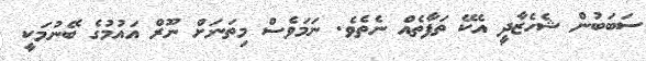
ސަބަބުން ޝެހެޒާދީ އެކޭ ތަފާތެއް ނެތެވެ. ނަމަވެސް މިތަނަށް ނޫރް އައުމުގެ ބޭނުމަކީ